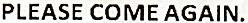
PLEASE COME AGAIN.